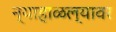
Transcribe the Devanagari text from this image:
न्याहाळल्यावर